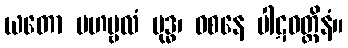
ယတော မဟဗ္ဗလံ ဗုဒ္ဓ၊ ဝစနေ ပါဋဝတ္ထိနံ။